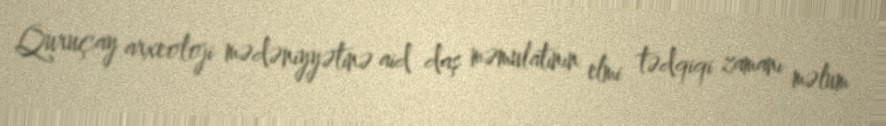
Quruçay arxeoloji mədəniyyətinə aid daş məmulatının elmi tədqiqi zamanı məlum